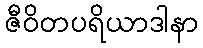
ဇီဝိတပရိယာဒါနာ